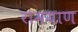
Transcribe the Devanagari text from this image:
रामयाण